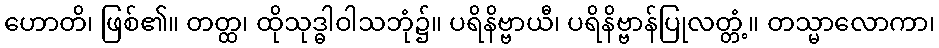
ဟောတိ၊ ဖြစ်၏။ တတ္ထ၊ ထိုသုဒ္ဓါဝါသဘုံ၌။ ပရိနိဗ္ဗာယီ၊ ပရိနိဗ္ဗာန်ပြုလတ္တံ့။ တသ္မာလောကာ၊